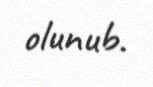
olunub.